Vaccination in the Punjab 1919-1929 - 1919-1929
Year: 1919
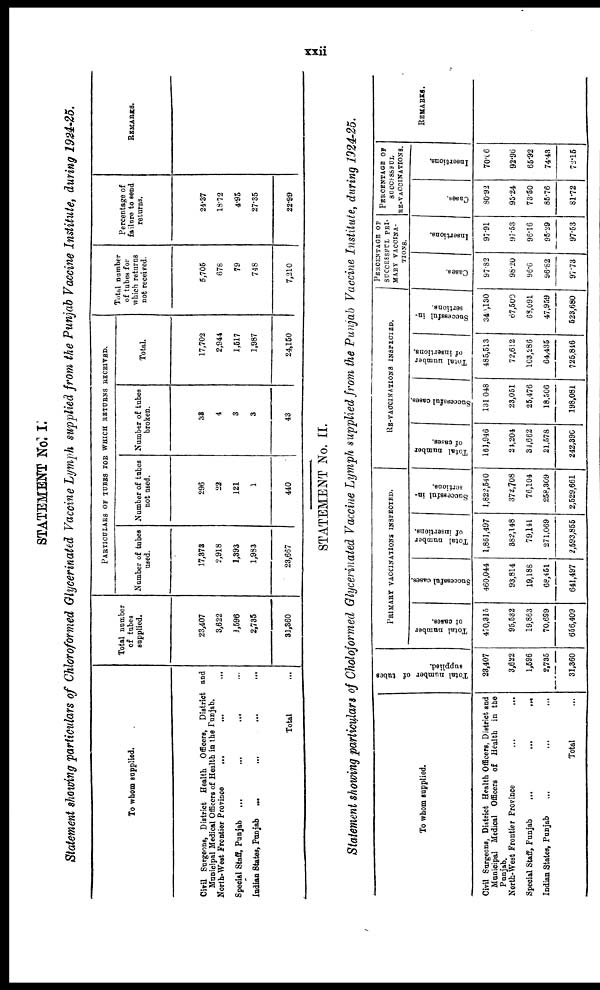
xxii
STATEMENT No. I.
Statement showing particulars of Chloroformed Glycerinated Vaccine Lymph supplied from the Punjab Vaccine Institute, during 1924-25.
To whom supplied.
Civil Surgeons, District Health Officers, District and
Municipal Medical Officers of Health in the Punjab.
North-West Frontier Province
...
...
...
Special Staff, Punjab
...
...
...
...
Indian States, Punjab
...
...
...
...
Total ...
Total number
of tubes
supplied.
23,407
3,622
1,596
2,735
31,360
PARTICULARS OF TUBES FOR WHICH RETURNS RECEIVED.
Number of tubes
used.
17,373
2,918
1,393
1,983
23,667
Number of tubes
not used.
296
22
121
1
440
Number of tubes
broken.
33
4
3
3
43
Total.
17,702
2,944
1,517
1,987
24,150
Total number
of tubes for
which returns
not received.
5,705
678
79
748
7,210
Percentage of
failure to send
returns.
24.37
18.72
4.95
27.35
22.99
REMARKS.
STATEMENT No. II.
Statement showing particulars of Choloformed Glycerinated Vaccine Lymph supplied from the Punjab Vaccine Institute, during 1924-25.
To whom supplied.
Civil Surgeons, District Health Officers, District and
Municipal Medical Officers of Health in the
Punjab.
North-West Frontier Province
...
...
Special Staff, Punjab
...
...
...
Indian States, Punjab ... ... ...
Total ...
Total number of tubes
supplied.
23,407
3,622
1,596
2,735
31,360
PRIMARY VACCINATIONS INSPECTED.
Total number
of cases.
470,315
95,532
19,863
70,699
656,409
Successful cases.
460,044
93,814
19,188
68,451
641,497
Total number
of insertions.
1,861,497
382,148
79,141
271,069
2,593,855
Successful in-
sertions.
1,822,540
372,708
76,104
258,309
2,529,661
RE-VACCINATIONS INSPECTED.
Total number
of cases.
161,946
24,204
34,662
21,578
242,390
Successful cases.
131,048
23,051
25,476
18,506
198,081
Total number
of insertions.
485,513
72,612
103,286
64,435
725,846
Successful in-
sertions.
340,130
67,500
68,091
47,959
523,680
PERCENTAGE OF
SUCCESSFUL PRI-
MARY VACCINA-
TIONS.
Cases.
97.82
98.20
96.6
96.82
97.73
Insertions.
97.91
97.53
96.16
95.29
97.53
PERCENTAGE OF
SUCCESSFUL
RE-VACCINATIONS.
Cases.
80.92
95.24
73.50
85.76
81.72
Insertions.
70.06
92.96
65.92
74.43
72.15
REMARKS.